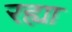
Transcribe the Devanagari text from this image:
रह्या